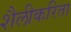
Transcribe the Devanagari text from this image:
शैलीकरिता